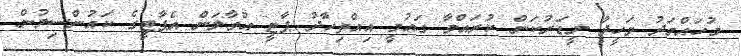
މުހައްމަދު ވަހީދު ލީޑަރުކަން ކުރައްވާ ގައުމީ އިއްތިހާދު ޕާޓީ އުވާލަން އެޕާޓީގެ ކައުންސިލުން